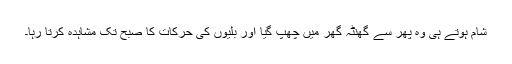
شام ہوتے ہی وہ پھر سے گھنٹہ گھر میں چھپ گیا اور بلّیوں کی حرکات کا صبح تک مشاہدہ کرتا رہا۔